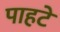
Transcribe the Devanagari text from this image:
पाहटे